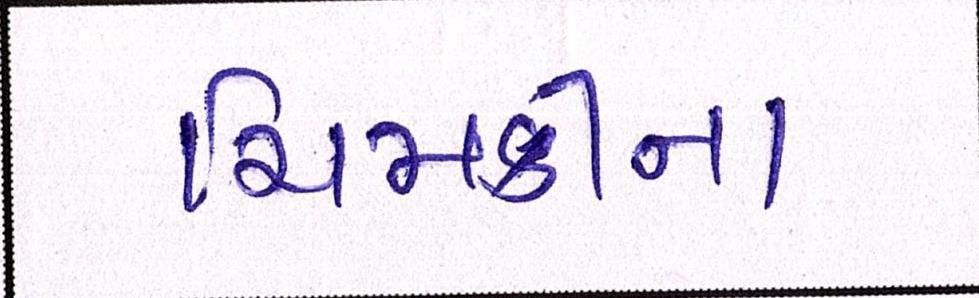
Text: ચિમકીના